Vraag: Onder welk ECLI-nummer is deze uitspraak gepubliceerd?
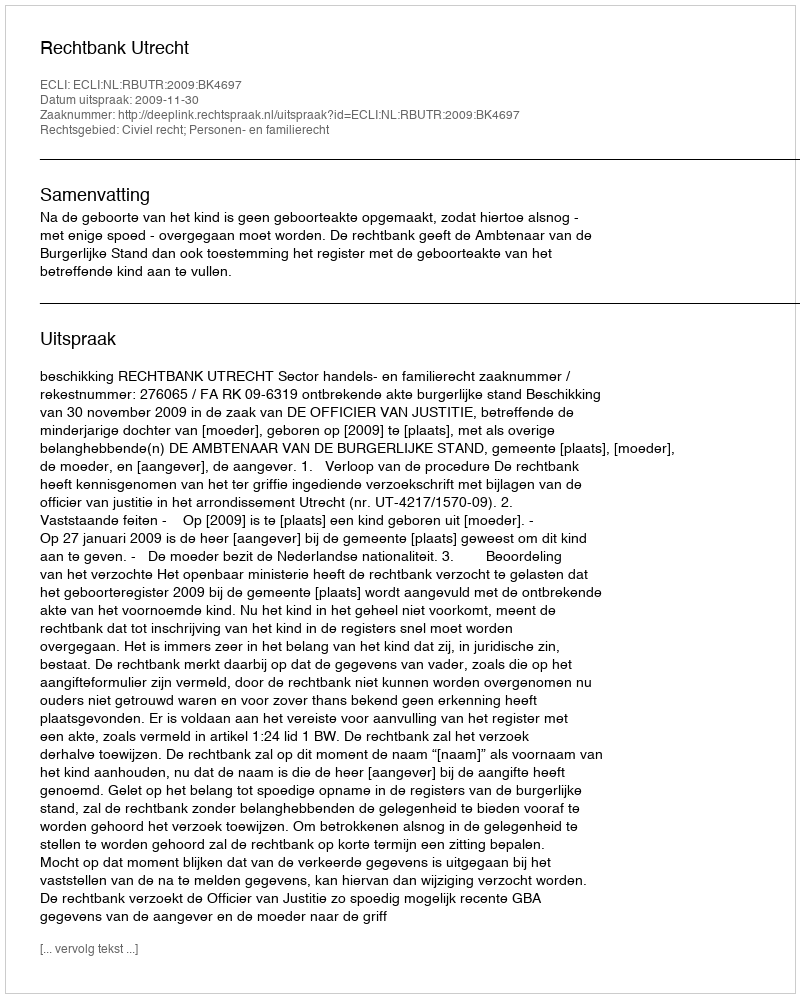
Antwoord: ECLI:NL:RBUTR:2009:BK4697